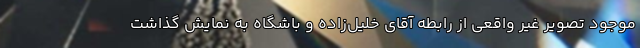
موجود تصویر غیر واقعی از رابطه آقای خلیل‌زاده و باشگاه به نمایش گذاشت